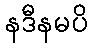
နဒီနမပိ